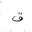
Letter: _qaf